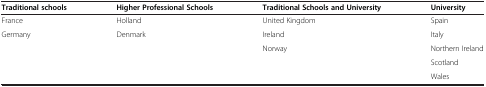
| Traditional schools | Higher Professional Schools | Traditional Schools and University | University |
 | --- | --- | --- | --- |
 | France | Holland | United Kingdom | Spain |
 | Germany | Denmark | Ireland | Italy |
 |  |  | Norway | Northern Ireland |
 |  |  |  | Scotland |
 |  |  |  | Wales |